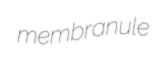
membranule